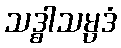
သဒ္ဓါသမ္ပဒံ